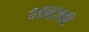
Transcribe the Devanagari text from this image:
वेलिंगिरि